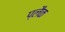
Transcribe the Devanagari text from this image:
प्लैक